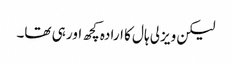
لیکن ویزلی ہال کا ارادہ کچھ اور ہی تھا۔